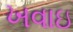
ખવાઇ